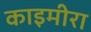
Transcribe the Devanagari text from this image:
काइमीरा